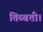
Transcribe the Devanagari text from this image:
तिब्बती।